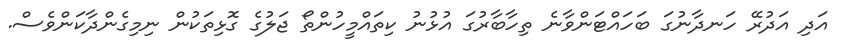
އަދި އަދުރޭ ހަނދާނުގަ ބަހައްޓަންވާނެ ތިހާބާރުގަ އުޅުނު ކިތައްމީހުންތޯ ޖަލުގެ ގޮޅިތަކުން ނިމިގެންދާކަންވެސް.